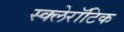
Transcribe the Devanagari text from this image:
स्क्लेरॉटिक